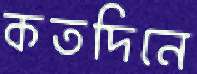
কতদিনে